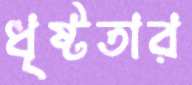
ধৃষ্টতার